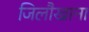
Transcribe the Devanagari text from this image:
जिलौखाना